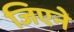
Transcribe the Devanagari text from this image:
जिएने